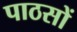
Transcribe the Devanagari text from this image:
पाठसों